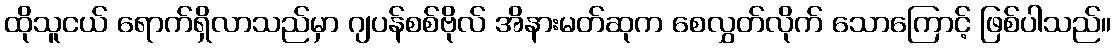
ထိုသူငယ် ရောက်ရှိလာသည်မှာ ဂျပန်စစ်ဗိုလ် အိနားမတ်ဆုက စေလွှတ်လိုက် သောကြောင့် ဖြစ်ပါသည်။